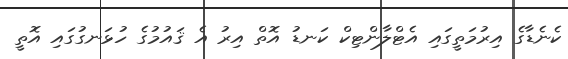
ކެނެޑާގެ އިރުމަތީގައި އެޓްލާންޓިކް ކަނޑު އޮތް އިރު އެ ޤައުުމުގެ ހުޅަނގުގައި އޮތީ